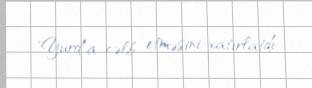
"Yurd"a cəlb etməsini xatırlatdı.